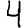
Digit: 4